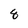
Character: 8